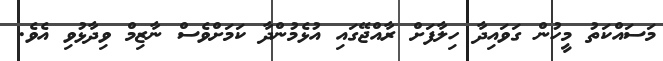
މަސައްކަތު މީހުން ގަވައިދާ ހިލާފަށް ރާއްޖޭގައި އުޅެމުންދާ ކަމަށްވެސް ނާޒިމް ވިދާޅުވި އެވެ.